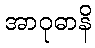
အာဝုဓာနိ